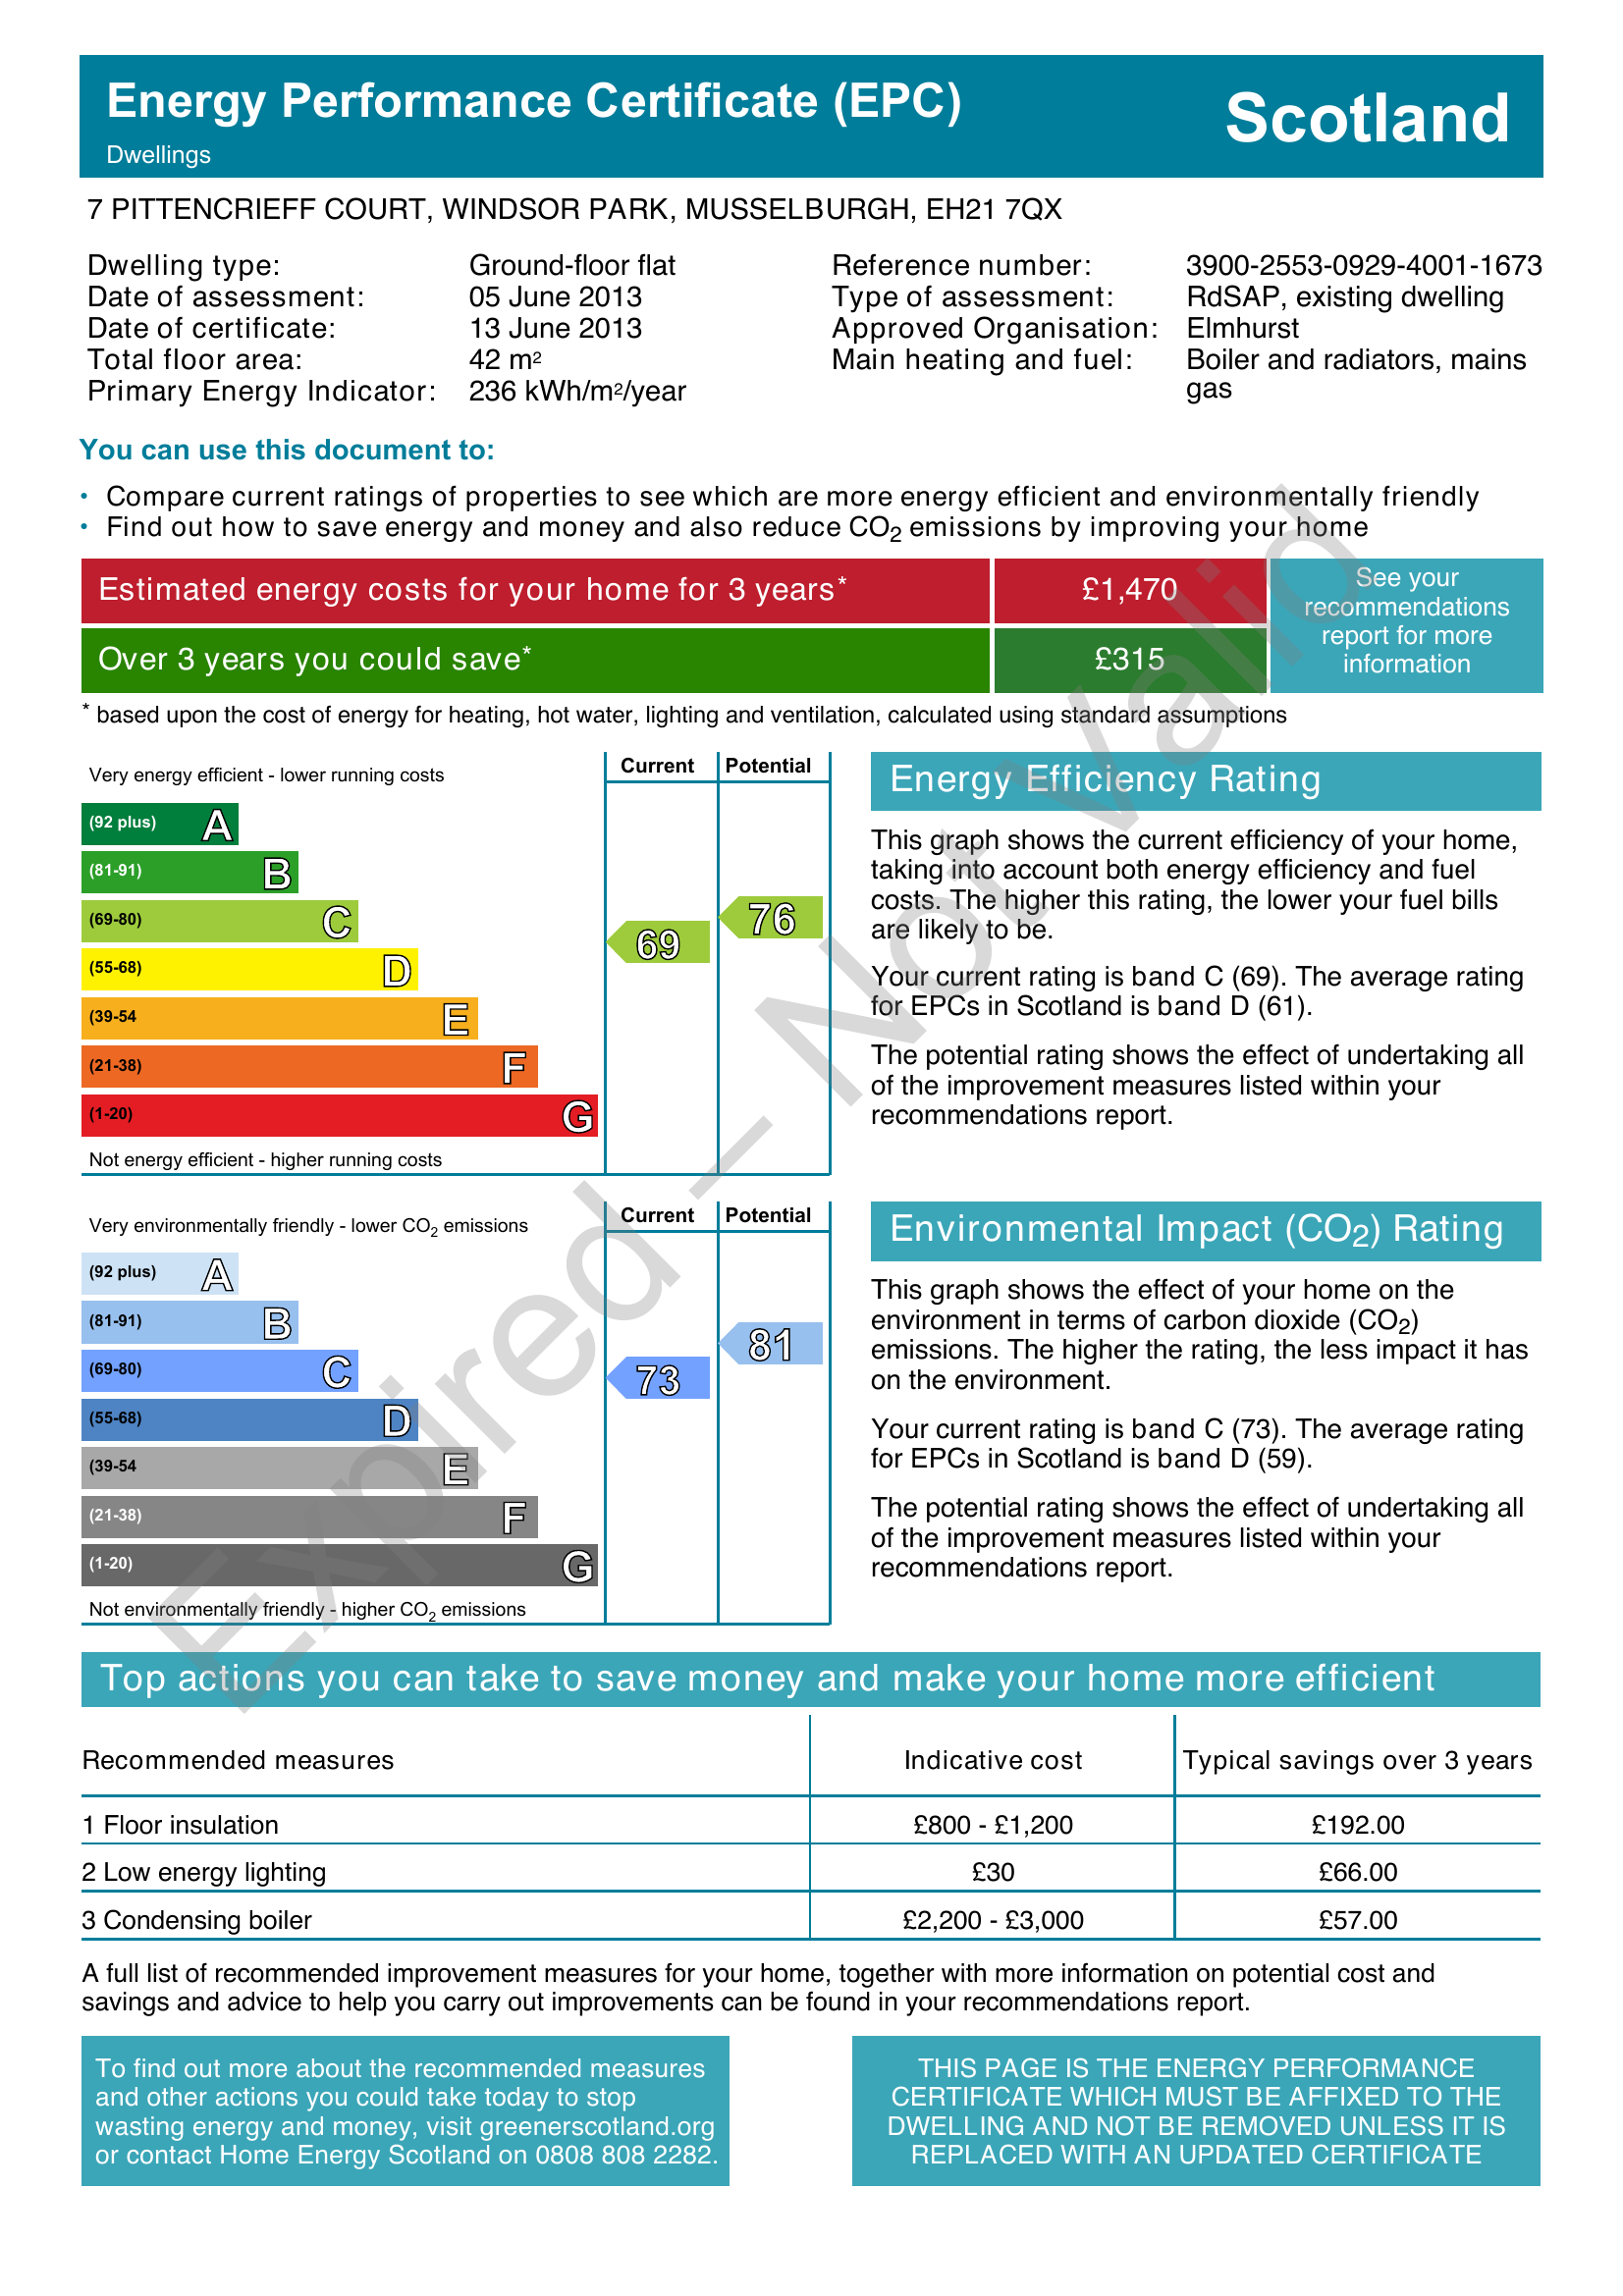
Current energy efficiency rating: C (score 69)
Potential energy efficiency rating: C (score 76)
Current environmental impact (CO2) rating: C (score 73)
Potential environmental impact (CO2) rating: B (score 81)